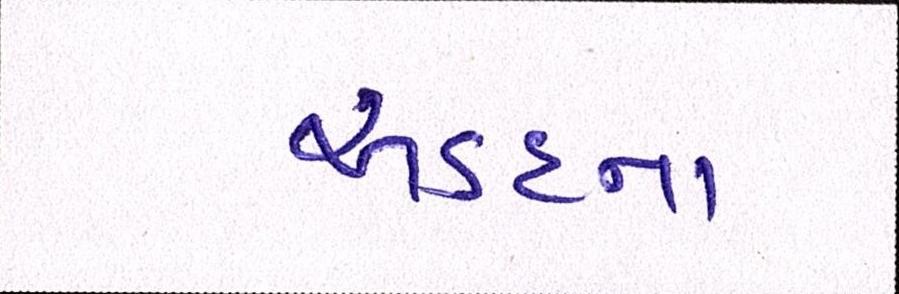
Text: અડદના